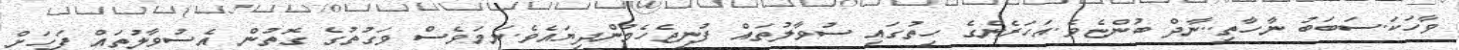
ވާހަކަ.ސަބަބު ނާހާތި..ނާދް ބުންޏެވެ.އަހަރެންގެ ހިތުގައި ސުވާލުތައް ފުނިޖެހެމުންދިޔައެވެ.ނަމަވެސް ވަގުތުގެ ގޮތުން އެސުވާލުތައް ފަހަށް